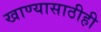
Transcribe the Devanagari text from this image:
खाण्यासाठीही